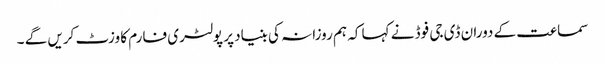
سماعت کے دوران ڈی جی فوڈ نے کہا کہ ہم روزانہ کی بنیاد پر پولٹری فارم کا وزٹ کریں گے ۔